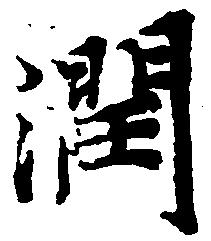
潤